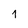
Character: 1